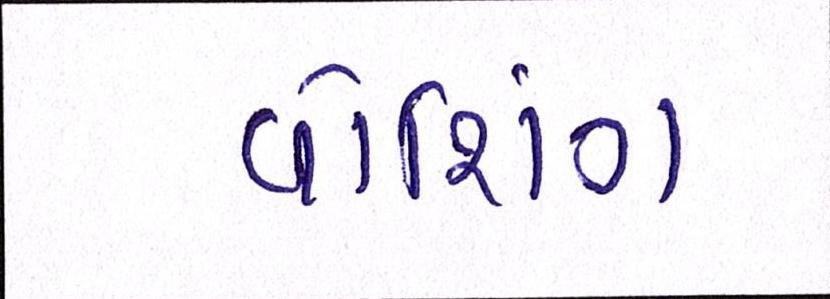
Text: વોશિંગ